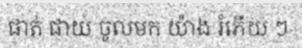
ផាត់ ផាយ ចូលមក យ៉ាង រំភើយ ៗ